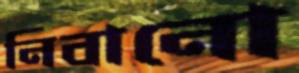
নিবানো